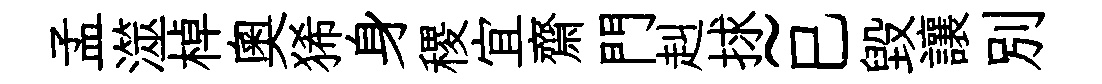
孟澨棹奥狶身稷宜齋門赳捄~巳毀讓別